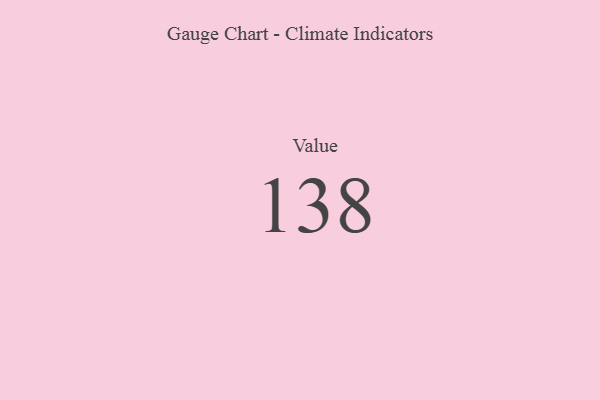
{"axis": {"x": "Metric", "y": "Value"}, "legend": [""], "data": [{"x": "Value", "y": 138, "type": ""}]}